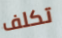
تكلف